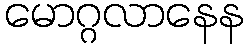
မောဂ္ဂလာနေန